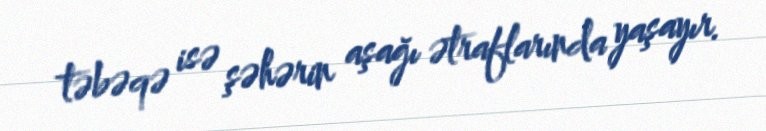
təbəqə isə şəhərin aşağı ətraflarında yaşayır.